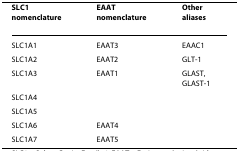
<table><thead><tr><td><b>SLC1 nomenclature</b></td><td><b>EAAT nomenclature</b></td><td><b>Other aliases</b></td></tr></thead><tbody><tr><td>SLC1A1</td><td>EAAT3</td><td>EAAC1</td></tr><tr><td>SLC1A2</td><td>EAAT2</td><td>GLT-1</td></tr><tr><td>SLC1A3</td><td>EAAT1</td><td>GLAST, GLAST-1</td></tr><tr><td>SLC1A4</td><td></td><td></td></tr><tr><td>SLC1A5</td><td></td><td></td></tr><tr><td>SLC1A6</td><td>EAAT4</td><td></td></tr><tr><td>SLC1A7</td><td>EAAT5</td><td></td></tr></tbody></table>